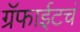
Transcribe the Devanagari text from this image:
ग्रॅफाईटचं